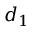
d _ { 1 }